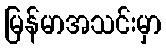
မြန်မာအသင်းမှာ